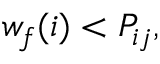
w _ { f } ( i ) < P _ { i j } ,